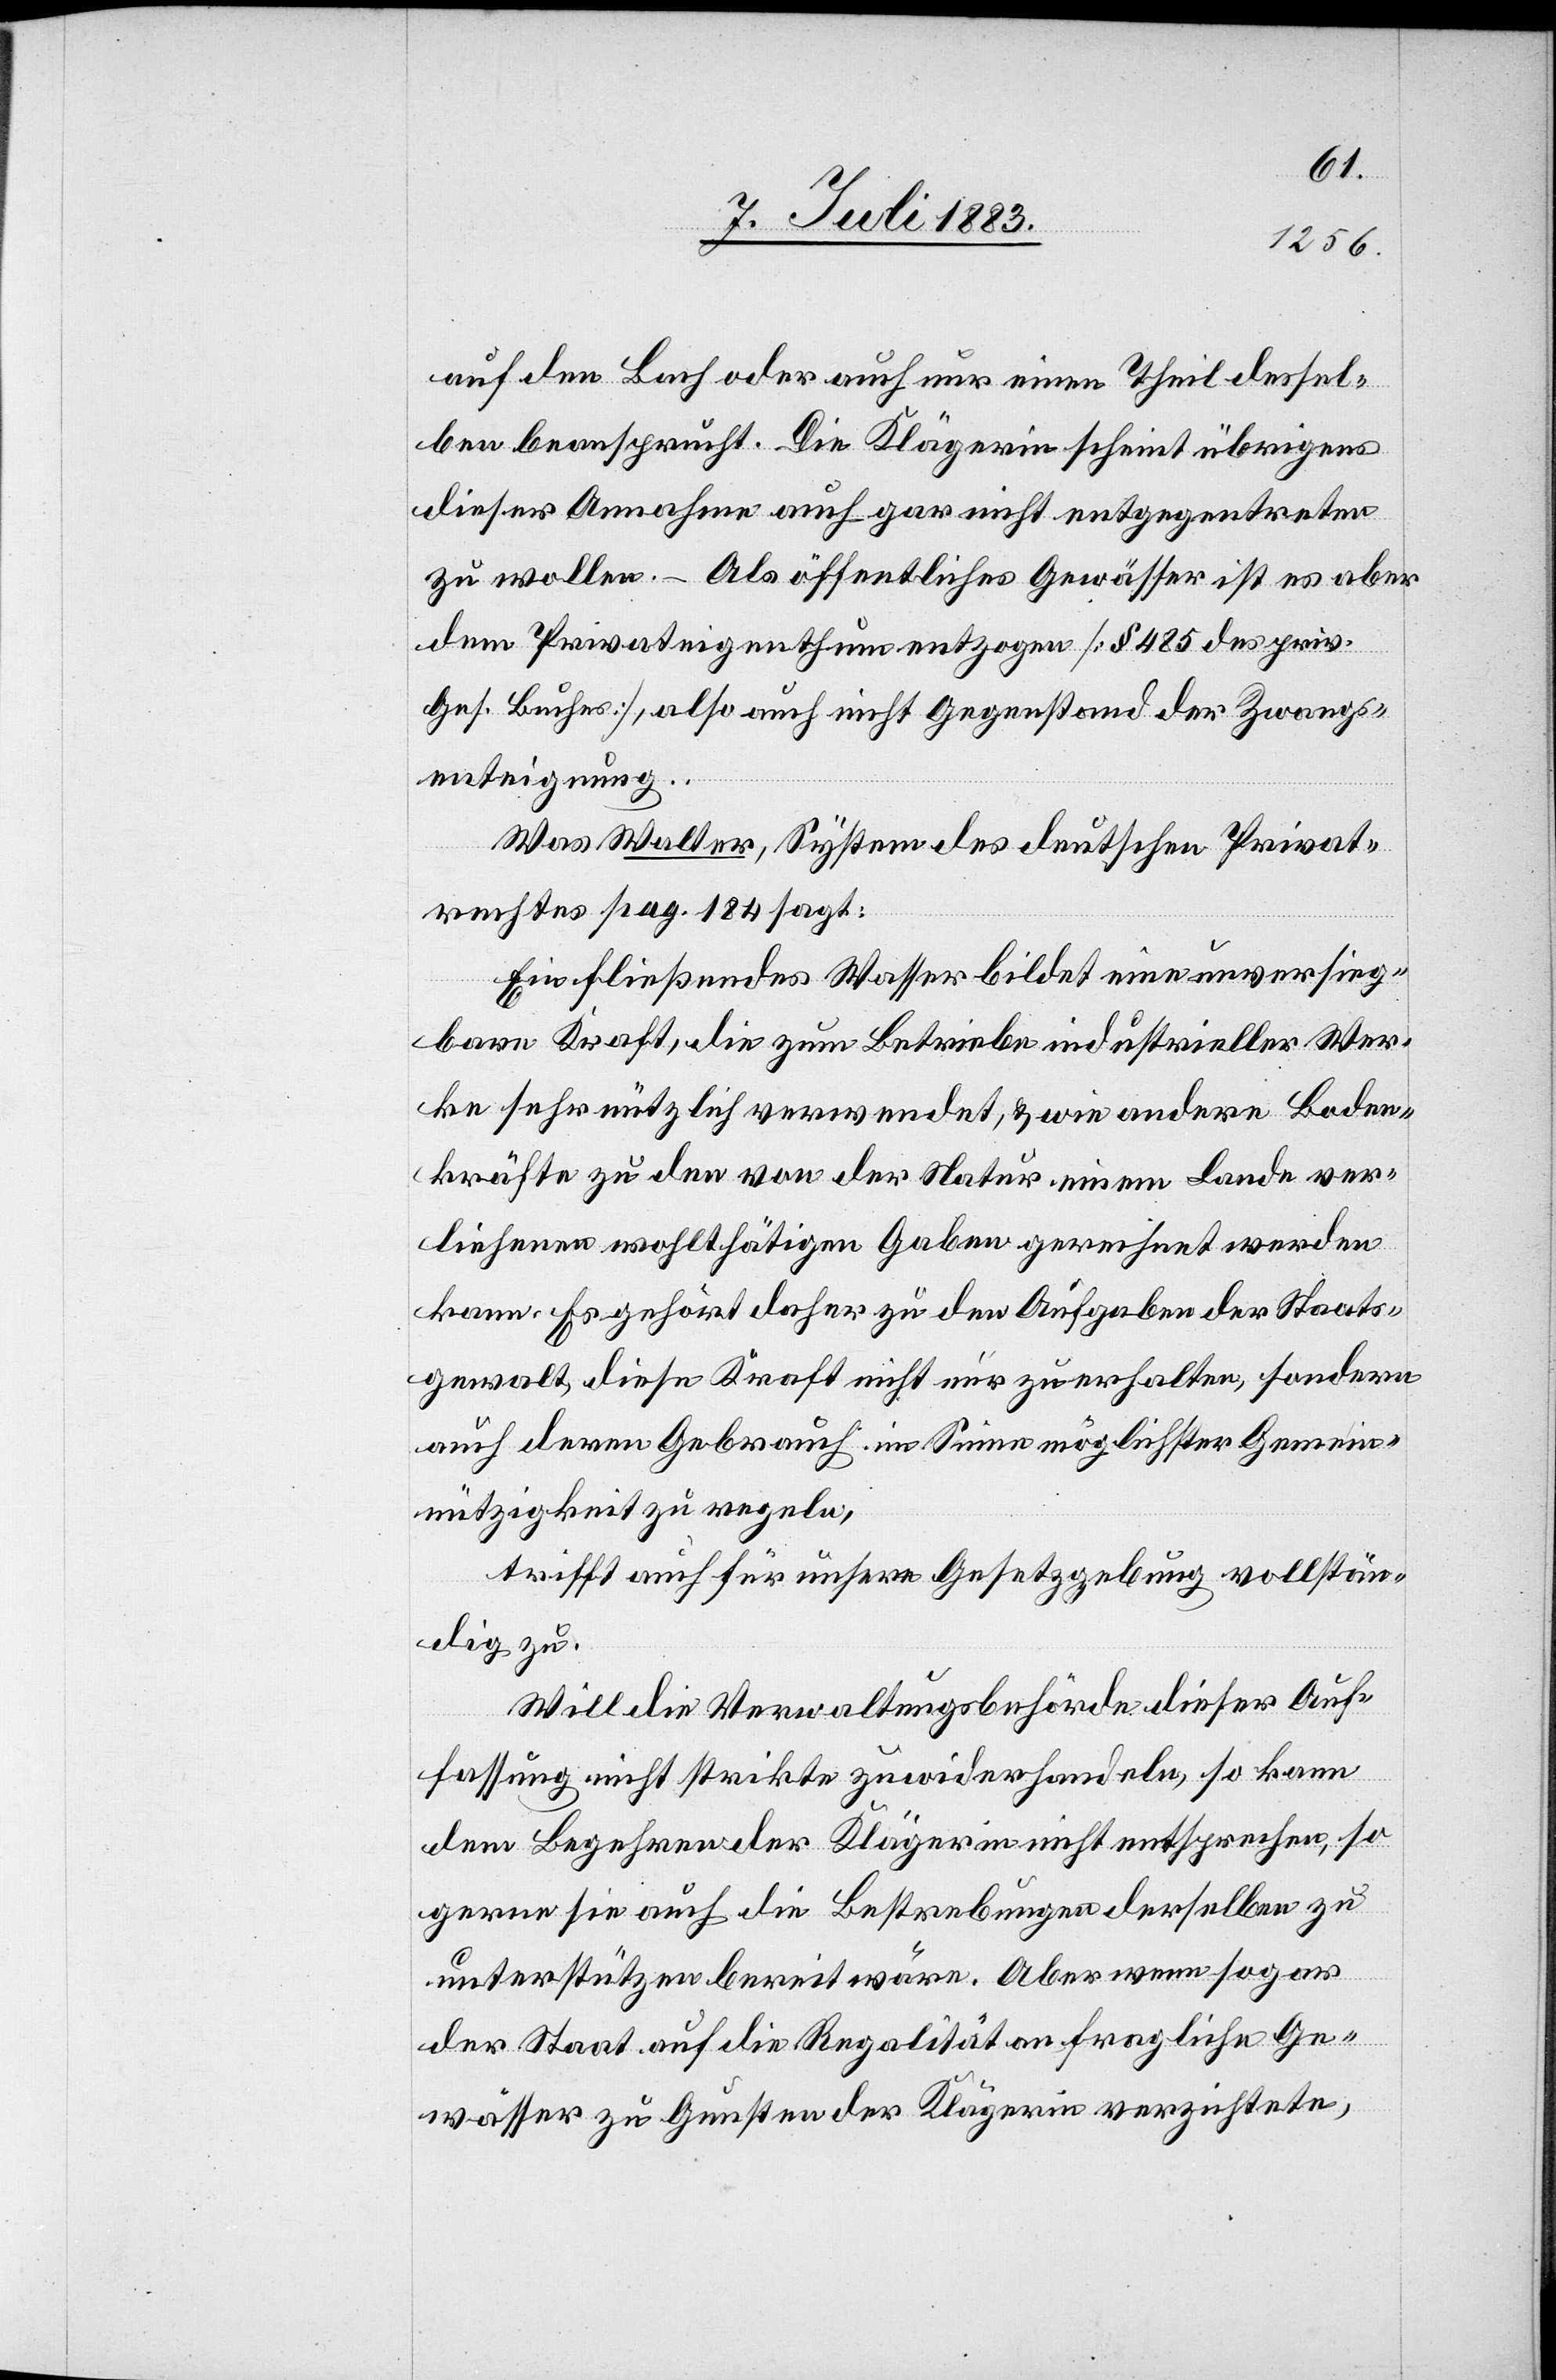
auf den Bach oder auch nur einen Theil dessel¬
ben beansprucht. Die Klägerin scheint übrigens
dieser Annahme auch gar nicht entgegentreten
zu wollen. – Als öffentliches Gewässer ist es aber
dem Privateigenthum entzogen. [§ 485 des priv.
Ges. Buches], also auch nicht Gegenstand der Zwangs¬
enteignung.
Was Walter, System des deutschen Privat¬
rechtes pag. 184 sagt:
Ein fließendes Gewässer bildet eine unversieg¬
bare Kraft, die zum Betriebe industrieller Wer¬
ke sehr nützlich verwendet, & wie andere Boden¬
kräfte zu den von der Natur einem Lande ver¬
liehenen wohltätigen Gaben gerechnet werden
kann. Es gehört daher zu den Aufgaben der Staats¬
gewalt, diese Kraft nicht nur zu erhalten, sondern
auch deren Gebrauch im Sinne möglichster Gemein¬
nützigkeit zu regeln,
trifft auch für unsere Gesetzgebung vollstän¬
dig zu.
Will die Verwaltungsbehörde dieser Auf¬
fassung nicht strikte zuwiderhandeln, so kann
dem Begehren der Klägerin nicht entsprechen, so
gerne sie auch die Bestrebungen derselben zu
unterstützen bereit wäre. Aber wenn sogar
der Staat auf die Regalität an fragliche Ge¬
wässer zu Gunsten der Klägerin verzichtete,